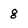
Character: g